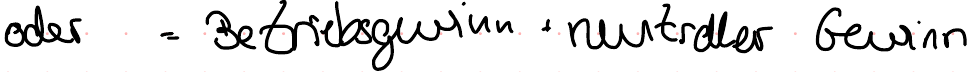
oder = Betriebsgewinn + neutraler Gewinn